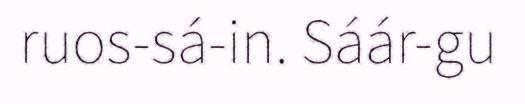
ruos-sá-in. Sáár-gu